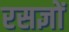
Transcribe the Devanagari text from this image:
रसज्ञों